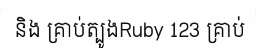
និង គ្រាប់ត្បូងRuby 123 គ្រាប់